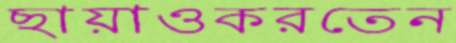
ছায়াওকরতেন